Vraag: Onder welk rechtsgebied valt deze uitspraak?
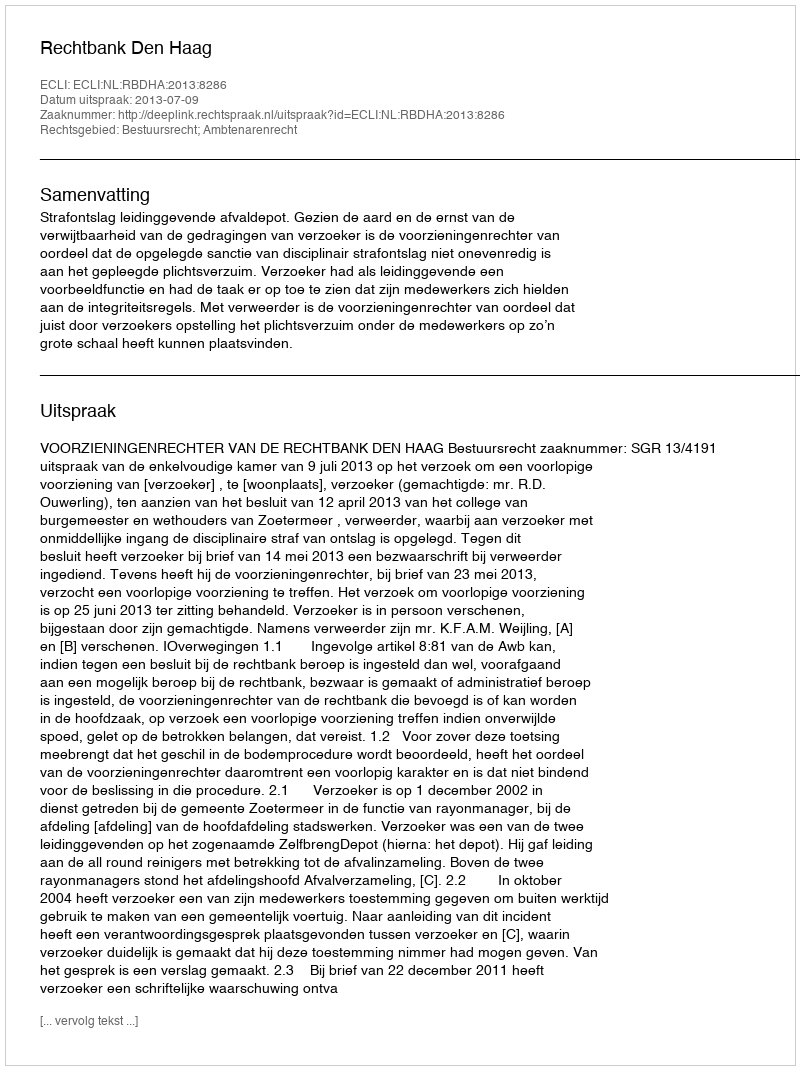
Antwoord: Bestuursrecht; Ambtenarenrecht